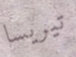
تيريسا